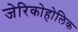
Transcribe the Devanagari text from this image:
जेरिकोहोलिक